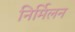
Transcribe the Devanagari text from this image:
निर्मिलन